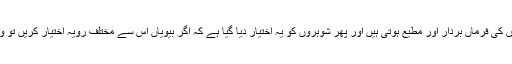
آگے چل کر نیک بیویوں کی علامت یہ بتائی گئی ہے کہ وہ اپنے شوہروں کی فرماں بردار اور مطیع ہوتی ہیں اور پھر شوہروں کو یہ اختیار دیا گیا ہے کہ اگر بیویاں اس سے مختلف رویہ اختیار کریں تو وہ آخری چارۂ کار کے طور پر ان کی جسمانی تادیب بھی کر سکتے ہیں۔